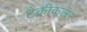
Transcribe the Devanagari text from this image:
टैक्नीकलर